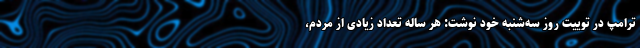
ترامپ در توییت روز سه‌شنبه خود نوشت: هر ساله تعداد زیادی از مردم،